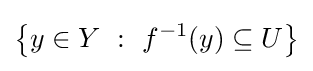
\left\{y\in Y~:~f^{-1}(y)\subseteq U\right\}